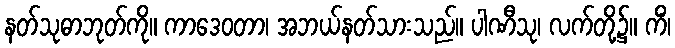
နတ်သုဓာဘုတ်ကို။ ကာဒေဝတာ၊ အဘယ်နတ်သားသည်။ ပါဏီသု၊ လက်တို့၌။ ကိံ၊